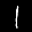
Label: 1